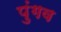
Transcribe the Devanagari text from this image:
पुंगव